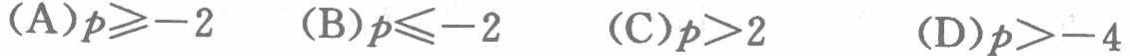
(A)$p\geqslant -2$  (B)$p\leqslant -2$  (C)$p>2$  (D)$p>-4$